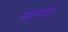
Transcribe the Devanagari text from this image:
मन्नखेड़ा